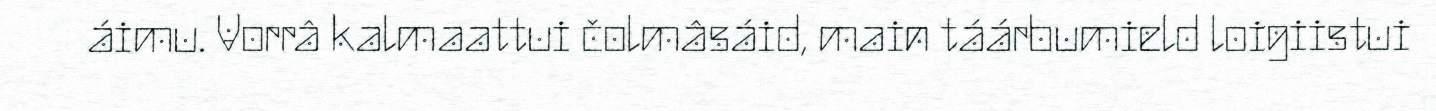
áimu. Vorrâ kalmaattui čolmâsáid, main táárbumield loigiistui